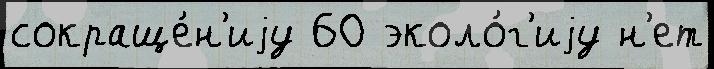
сокраще́н'иjу 60 эколо́г'иjу н'ет